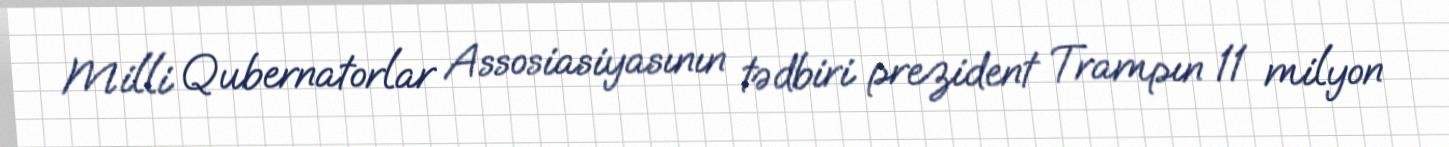
Milli Qubernatorlar Assosiasiyasının tədbiri prezident Trampın 11 milyon